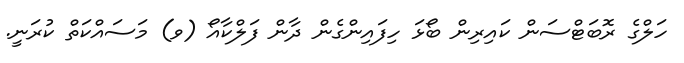
ހަލްގެ ރޮބަޓްސަން ކައިރިން ބޯޅަ ހިފައިންގެން ދާން ފަލްކާއޯ (ވ) މަސައްކަތް ކުރަނީ.